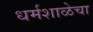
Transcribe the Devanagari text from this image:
धर्मशाळेचा